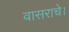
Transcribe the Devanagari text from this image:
वासराचे।